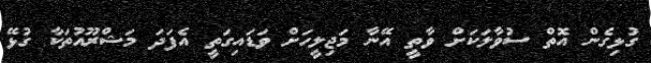
ގުޅިގެން އޮތް ސުވާލަކަށް ވާތީ އޭނާ މަޖިލީހަށް ވަޑައިގަތީ އެފަދަ މަޝްރޫއުތަކާ ގުޅޭ